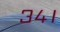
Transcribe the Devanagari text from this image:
३४।